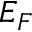
E _ { F }